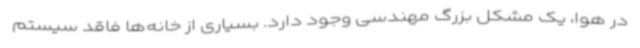
در هوا، یک مشکل بزرگ مهندسی وجود دارد. بسیاری از خانه‌ها فاقد سیستم